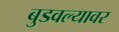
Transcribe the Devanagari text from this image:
बुडवल्यावर